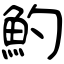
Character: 魡